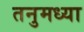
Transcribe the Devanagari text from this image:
तनुमध्या